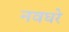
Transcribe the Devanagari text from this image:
नवघरे